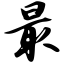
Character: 最